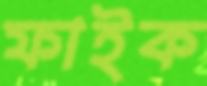
ফাইক